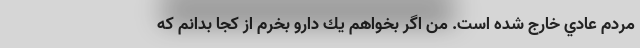
مردم عادي خارج شده است. من اگر بخواهم يك دارو بخرم از كجا بدانم كه